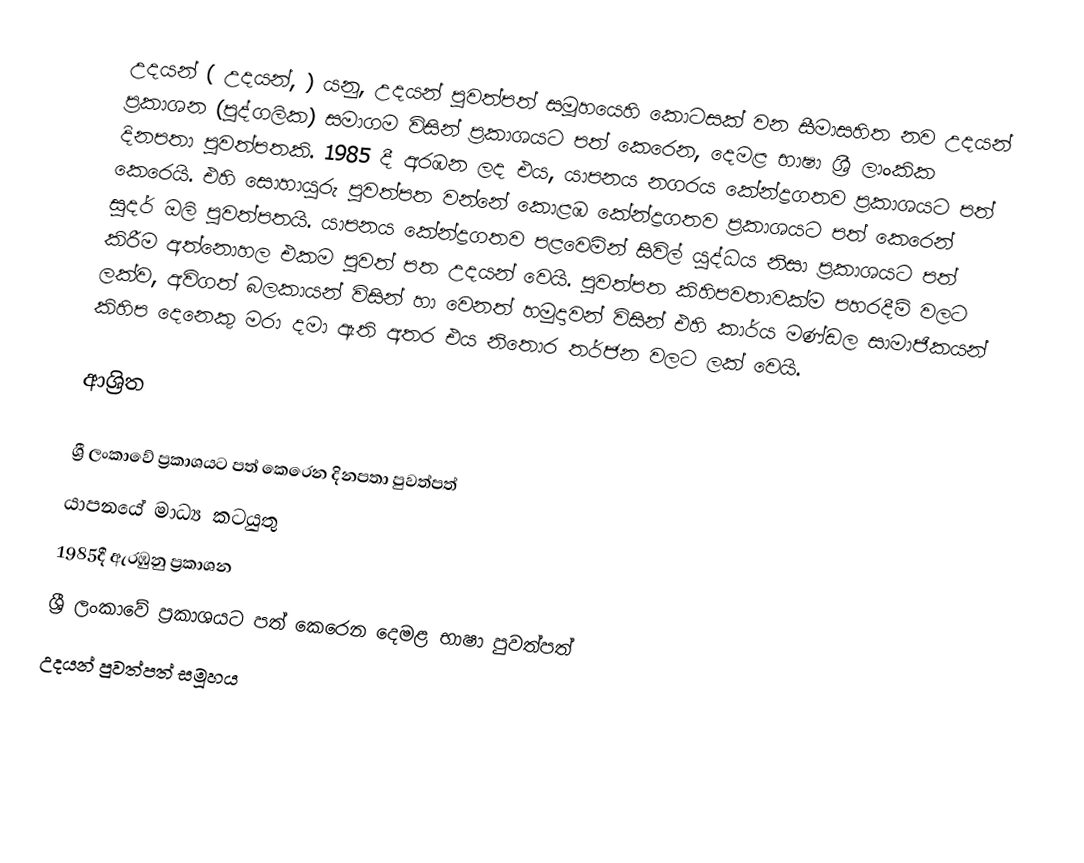
උදයන් ( උදයන්, ) යනු, උදයන් පුවත්පත් සමූහයෙහි කොටසක් වන සීමාසහිත නව උදයන් ප්‍රකාශන (පුද්ගලික) සමාගම විසින් ප්‍රකාශයට පත් කෙරෙන,  දෙමළ භාෂා ශ්‍රී ලාංකික දිනපතා පුවත්පතකි. 1985 දී අරඹන ලද එය,  යාපනය නගරය කේන්ද්‍රගතව ප්‍රකාශයට පත් කෙරෙයි. එහි සොහායුරු පුවත්පත වන්නේ කොළඹ කේන්ද්‍රගතව ප්‍රකාශයට පත් කෙරෙන්  සුදර් ඔලි පුවත්පතයි. යාපනය කේන්ද්‍රගතව පළවෙමින් සිවිල් යුද්ධය නිසා ප්‍රකාශයට පත් කිරීම අත්නොහල එකම පුවත් පත  උදයන් වෙයි.  පුවත්පත කිහිපවතාවක්ම පහරදීම් වලට ලක්ව, අවිගත් බලකායන් විසින් හා වෙනත් හමුදාවන් විසින් එහි කාර්ය මණ්ඩල සාමාජිකයන් කිහිප දෙනෙකු මරා දමා ඇති අතර එය නිතොර තර්ජන වලට ලක් වෙයි.

ආශ්‍රිත

ශ්‍රී ලංකාවේ ප්‍රකාශයට පත් කෙරෙන දිනපතා පුවත්පත්
යාපනයේ මාධ්‍ය කටයුතු
1985දී ඇරඹුනු ප්‍රකාශන
ශ්‍රී ලංකාවේ ප්‍රකාශයට පත් කෙරෙන දෙමළ භාෂා පුවත්පත්
උදයන් පුවත්පත් සමූහය